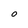
Character: o